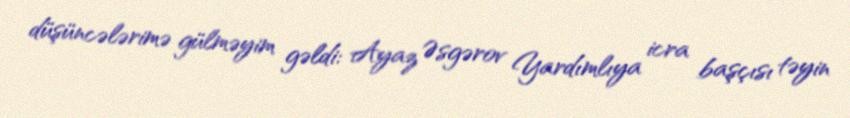
düşüncələrimə gülməyim gəldi: Ayaz Əsgərov Yardımlıya icra başçısı təyin